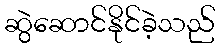
ဆွဲဆောင်နိုင်ခဲ့သည်